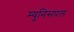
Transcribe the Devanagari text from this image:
म्युनिसपल